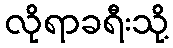
လိုရာခရီးသို့